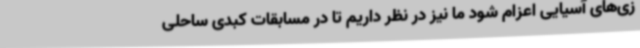
زی‌های آسیایی اعزام شود ما نیز در نظر داریم تا در مسابقات کبدی ساحلی